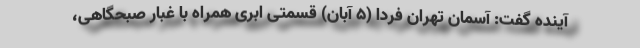
آینده گفت: آسمان تهران فردا (۵ آبان) قسمتی ابری همراه با غبار صبحگاهی،